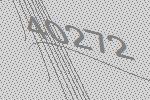
40272